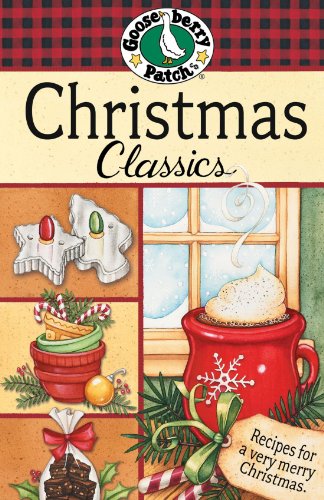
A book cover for Christmas Classics Cookbook; Gooseberry Patch; Cookbooks, Food & Wine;